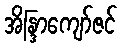
အိန္ဒြာကျော်ဇင်